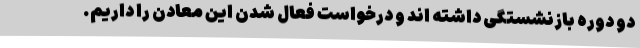
دو دوره بازنشستگی داشته اند و درخواست فعال شدن این معادن را داریم.